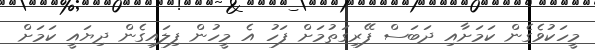
މީހަކުވެގެން ކަމަށާއި ދަބަސް ފޭރިގަތުމަށް ފަހު އެ މީހުން ފިލައިގެން ދިޔައީ ކަމަށް